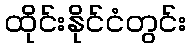
ထိုင်းနိုင်ငံတွင်း